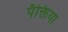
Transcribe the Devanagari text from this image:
पँक्तिया